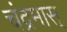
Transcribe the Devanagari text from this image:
चंद्रमास्